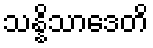
သန္နိသာဒေတိ